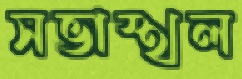
সভাস্থল